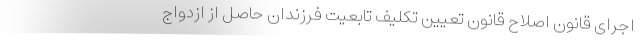
اجرای قانون اصلاح قانون تعیین تکلیف تابعیت فرزندان حاصل از ازدواج